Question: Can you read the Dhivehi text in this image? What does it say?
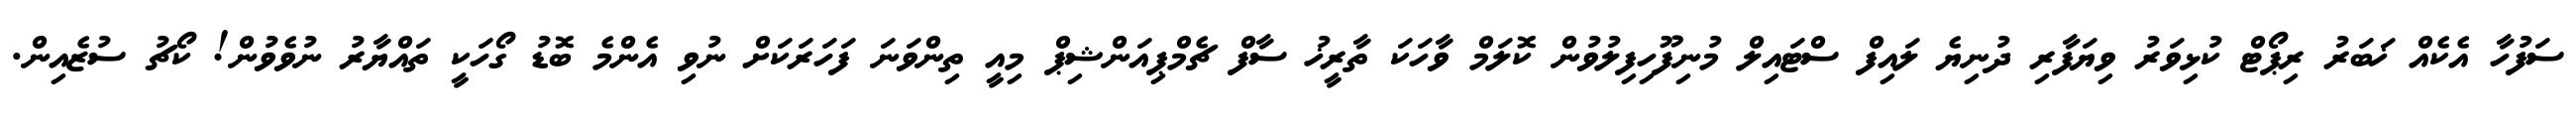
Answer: ސަފުހާ އެކެއް ޚަބަރު ރިޕޯޓް ކުޅިވަރު ވިޔަފާރި ދުނިޔެ ލައިފް ސްޓައިލް މުނިފޫހިފިލުވުން ކޮލަމް ވާހަކަ ތާރީޚު ސާފް ޗެމްޕިއަންޝިޕް މިއީ ތިންވަނަ ފަހަރަކަށް ނުވި އެންމެ ބޮޑު ގޯހަކީ ތައްޔާރު ނުވެވުން! ކޯޗު ސުޒެއިން.